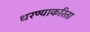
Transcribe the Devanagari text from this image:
धरण्याकरिता